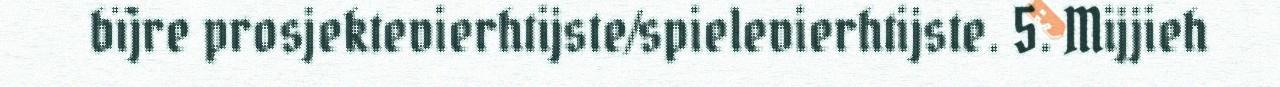
bïjre prosjektevierhtijste/spielevierhtijste. 5. Mijjieh